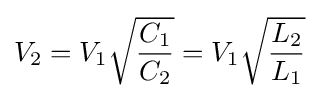
V_{2}=V_{1}{\sqrt {C_{1} \over C_{2}}}=V_{1}{\sqrt {L_{2} \over L_{1}}}